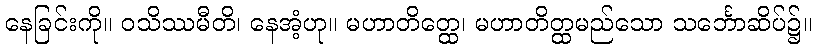
နေခြင်းကို။ ဝသိဿမီတိ၊ နေအံ့ဟု။ မဟာတိတ္ထေ၊ မဟာတိတ္ထမည်သော သင်္ဘောဆိပ်၌။